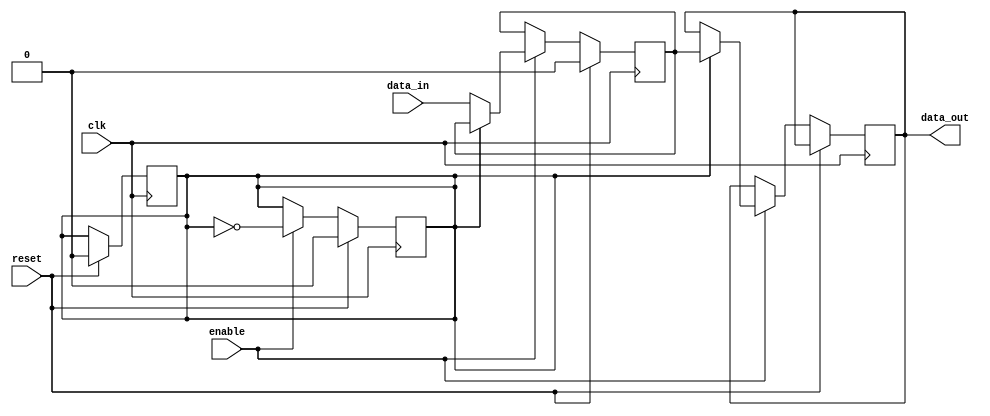
module bidirectional_buffer (
    input wire clk,
    input wire reset,
    input wire enable,
    input wire data_in,
    output reg data_out
);

reg buffer;
reg direction;

always @(posedge clk) begin
    if (reset) begin
        buffer <= 0;
        direction <= 0;
    end else begin
        if (enable) begin
            if (direction) begin
                data_out <= buffer;
            end else begin
                buffer <= data_in;
            end
        end
    end
end

always @(posedge clk) begin
    if (reset) begin
        direction <= 0;
    end else begin
        if (enable) begin
            direction <= ~direction;
        end
    end
end

endmodule